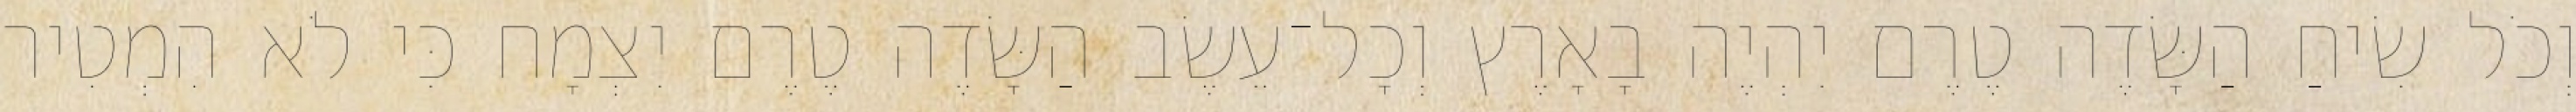
וְכֹל שִׂיחַ הַשָּׂדֶה טֶרֶם יִהְיֶה בָאָרֶץ וְכָל־עֵשֶׂב הַשָּׂדֶה טֶרֶם יִצְמָח כִּי לֹא הִמְטִיר